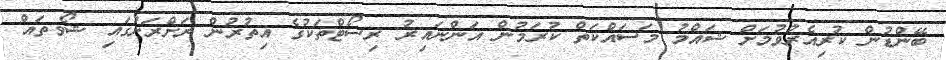
ބޭންޑުން ކުރިއެރުވުމަށް ޝައްމު މަސައްކަތް ކުރަމުން އަންނައިރު ރިސޯޓްތަކުގެ އިތުރުން ރަށްރަށުގައި ޝޯވތައް